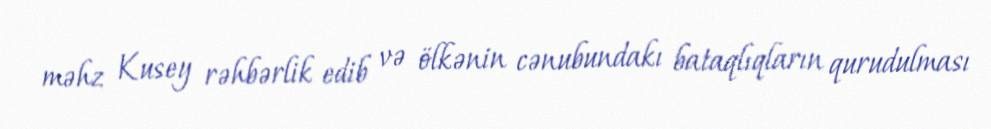
məhz Kusey rəhbərlik edib və ölkənin cənubundakı bataqlıqların qurudulması